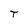
Character: T